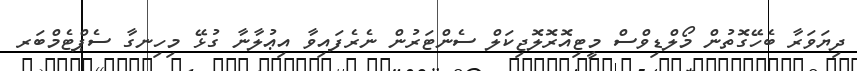
ދިޔަވަރާ ބެހޭގޮތުން މޯލްޑިވްސް މީޓިއޮރޮލޮޖިކަލް ސެންޓަރުން ނެރެފައިވާ އިޢުލާނާ ގުޅޭ މިހިނގާ ސެޕްޓެމްބަރ